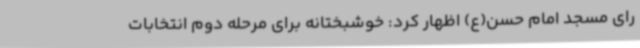
رای مسجد امام حسن(ع) اظهار کرد: خوشبختانه برای مرحله دوم انتخابات